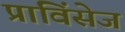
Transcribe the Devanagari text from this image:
प्राविंसेज